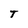
Character: T